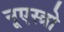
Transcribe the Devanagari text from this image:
नूएस्त्रो